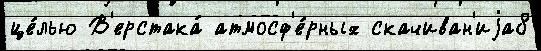
це́лью В'ерстака́ атмосф'е́рных скачиван'иjа8